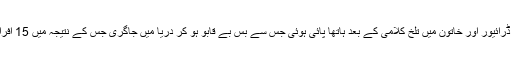
دوران سفر بس ڈرائیور اور خاتون میں تلخ کلامی کے بعد ہاتھا پائی ہوئی جس سے بس بے قابو ہو کر دریا میں جاگری جس کے نتیجہ میں 15 افراد ہلاک ہوگئے۔